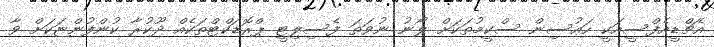
އެޗްޑީއެފްސީއަކީ ހައުސިން ސްކީމުތަކަށް ލޯނު ނުވަތަ ފެސިލިޓީ ޕްރޮޑަކްޓްތަކެއް ދޫކުރާ ކުންފުންޏަކަށް ވާ